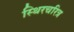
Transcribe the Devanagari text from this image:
स्थिरचरित्र